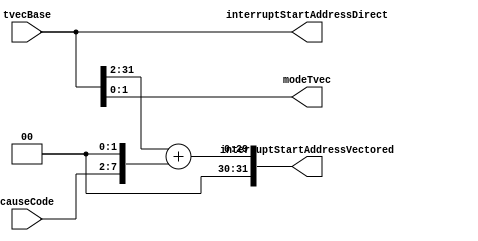
// **************************************************************************************
// Project: AFTAB
// Version: 1.0
// Date:
//
// Module Name: aftab_isagu
// Description:
//
// Dependencies:
//
// File content description:
// aftab_isagu for AFTAB interrupt
//
// **************************************************************************************
`timescale 1ns/1ns

module aftab_isagu #(parameter len = 32)
(
	input [len-1 : 0] tvecBase,
	input [5:0] causeCode,
	output [1:0] modeTvec,
	output [len-1 : 0] interruptStartAddressDirect,
	output [len-1 : 0] interruptStartAddressVectored
);

	assign modeTvec = tvecBase[1:0];
	assign interruptStartAddressDirect = tvecBase;
	assign interruptStartAddressVectored = {2'b00, (tvecBase[len-1 : 2] + {causeCode, 2'b00})};

endmodule